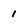
Character: 1